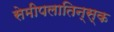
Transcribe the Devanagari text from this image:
सेमीपलातिन्स्क